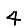
Digit: 4